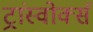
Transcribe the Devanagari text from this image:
ट्रांस्वोर्क्स